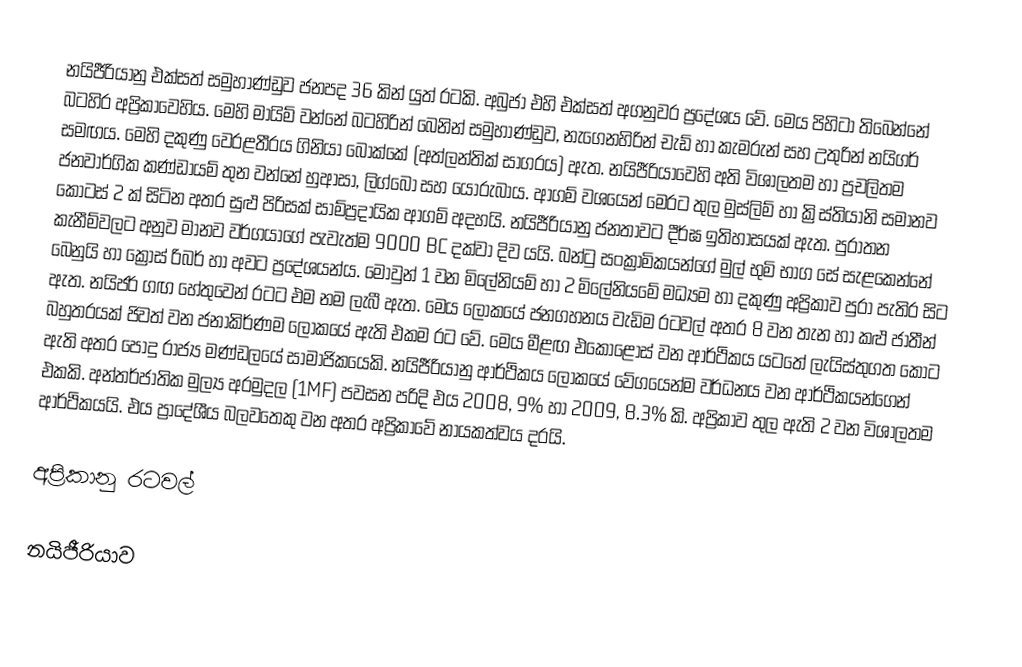
නයිජීරියානු එක්සත් සමුහාණ්ඩුව ජනපද 36 කින් යුත් රටකි. අබුජා එහි එක්සත් අගනුවර ප්‍ර‍දේශය වේ. මෙය පිහිටා තිබෙන්නේ බටහිර අප්‍රිකාවෙහිය. මෙහි මායිම් වන්නේ බටහිරින් බෙනින් සමුහාණ්ඩුව, නැගෙනහිරින් චැඩ් හා කැමරුන් සහ උතුරින් නයිගර් සමඟය. මෙහි දකුණු වෙරළතීරය ගිනියා බොක්කේ (අත්ලන්තික් සාගරය) ඇත. නයිජීරියාවෙහි අති විශාලතම හා ප්‍රචලිතම ජනවාර්ගික කණ්ඩායම් තුන වන්නේ හුආසා, ලිග්බෝ සහ යොරුබාය. ආගම් වශයෙන් මෙරට තුල මුස්ලිම් හා ක්‍රිස්තියානි සමානව කොටස් 2 ක් සිටින අතර සුළු පිරිසක් සාම්ප්‍රදායික ආගම් අදහයි. නයිජීරියානු ජනතාවට දීර්ඝ ඉතිහාසයක් ඇත. පුරාතන කැනීම්වලට අනුව මානව වර්ගයාගේ පැවැත්ම 9000 BC දක්වා දිව යයි. බන්ටු සංක්‍රාමිකයන්ගේ මුල් භුමි භාග සේ සැළකෙන්නේ බෙනුයි හා ක්‍රොස් රිබර් හා අවට ප්‍රදේශයන්ය. මොවුන් 1 වන ‍මිලේනියම් හා 2 ‍මිලේනියමේ මධ්‍යම හා දකුණු අප්‍රිකාව පුරා පැතිර සිට ඇත. නයිජර් ගඟ හේතුවෙන් රටට එම නම ලැබී ඇත. මෙය ලෝ‍කයේ ජනගහනය වැඩිම රටවල් අතර 8 වන තැන හා කළු ජාතීන් බහුතරයක් ජිවත් වන ජනාකිර්ණම ලෝකයේ ඇති එකම රට වේ. මෙය මීළඟ එකොළොස් වන ආර්ථිකය යට‍තේ ලැයිස්තුගත කොට ඇති අතර පොදු රාජ්‍ය මණ්ඩලයේ සාමාජිකයෙකි. නයිජීරියානු ආර්ථිකය ලෝකයේ වේගයෙන්ම වර්ධනය වන ආර්ථිකයන්ගෙන් එකකි. අන්තර්ජාතික මුල්‍ය අරමුදල (1MF) පවසන පරිදි එය 2008, 9% හා 2009, 8.3% කි. අප්‍රිකාව තුල ඇති 2 වන විශාලතම ආර්ථිකයයි. එය ප්‍රාදේශීය බලවතෙකු වන අතර අප්‍රිකාවේ නායකත්වය දරයි.

අප්‍රිකානු රටවල්

නයිජීරියාව